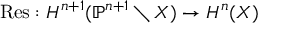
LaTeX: { \mathrm { R e s } } : H ^ { n + 1 } ( \mathbb { P } ^ { n + 1 } \setminus X ) \to H ^ { n } ( X )